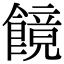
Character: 䭗